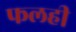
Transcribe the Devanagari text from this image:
फलही